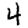
Digit: 4